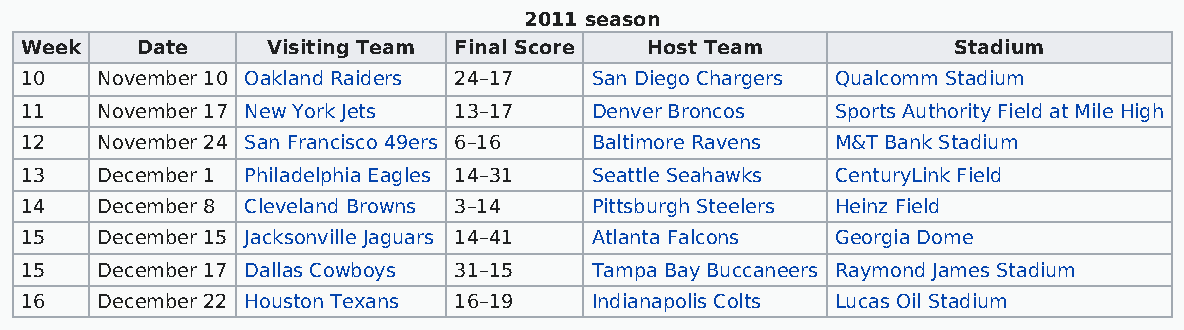
2011 season
 Week    Date     Visiting Team Final Score Host Team          Stadium
 10   November 10 Oakland Raiders 24–17 San Diego Chargers Qualcomm Stadium
 11   November 17 New York Jets 13–17  Denver Broncos  Sports Authority Field at Mile High
 12   November 24 San Francisco 49ers 6–16 Baltimore Ravens M&T Bank Stadium
 13   December 1 Philadelphia Eagles 14–31 Seattle Seahawks CenturyLink Field
 14   December 8 Cleveland Browns 3–14 Pittsburgh Steelers Heinz Field
 15   December 15 Jacksonville Jaguars 14–41 Atlanta Falcons Georgia Dome
 15   December 17 Dallas Cowboys 31–15 Tampa Bay Buccaneers Raymond James Stadium
 16   December 22 Houston Texans 16–19 Indianapolis Colts Lucas Oil Stadium